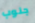
جنوب